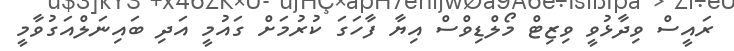
ރައީސް ވިދާޅުވީ ވިޒިޓް މޯލްޑިވްސް އިޔާ ފާހަގަ ކުރުމަށް ގައުމީ އަދި ބައިނަލްއަގުވާމީ